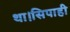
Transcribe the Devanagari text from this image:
था।सिपाही